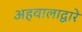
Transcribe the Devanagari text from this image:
अहवालाद्वारे